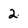
Character: 2